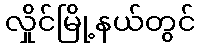
လှိုင်မြို့နယ်တွင်